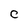
Character: c